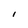
Character: l